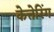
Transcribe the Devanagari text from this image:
केत्तेरिंग